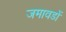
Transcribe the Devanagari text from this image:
जमावडों